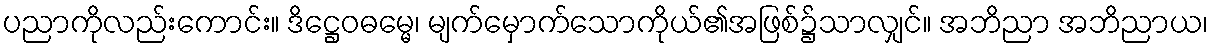
ပညာကိုလည်းကောင်း။ ဒိဋ္ဌေဝဓမ္မေ၊ မျက်မှောက်သောကိုယ်၏အဖြစ်၌သာလျှင်။ အဘိညာ အဘိညာယ၊